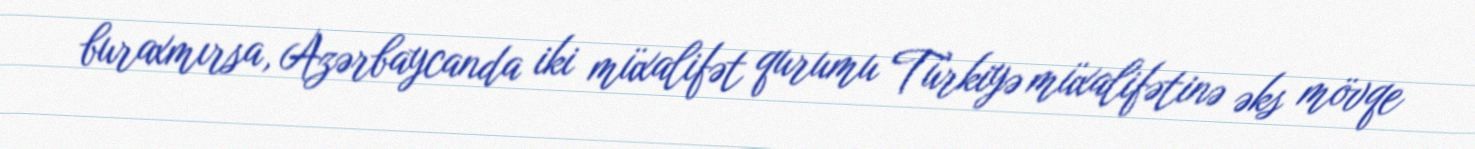
buraxmırsa, Azərbaycanda iki müxalifət qurumu Türkiyə müxalifətinə əks mövqe